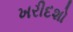
ખરીદશો